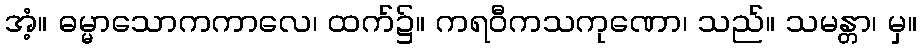
အံ့။ ဓမ္မာသောကကာလေ၊ ထက်၌။ ကရဝီကသကုဏော၊ သည်။ သမန္တာ၊ မှ။